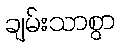
ချမ်းသာစွာ